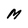
Character: M